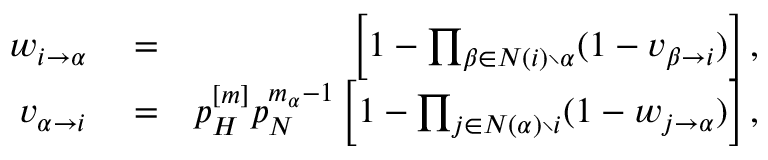
\begin{array} { r l r } { w _ { i \rightarrow \alpha } } & { { } = } & { \left[ 1 - \prod _ { \beta \in N ( i ) \setminus \alpha } ( 1 - v _ { \beta \rightarrow i } ) \right] , } \\ { v _ { \alpha \rightarrow i } } & { { } = } & { p _ { H } ^ { [ m ] } p _ { N } ^ { m _ { \alpha } - 1 } \left[ 1 - \prod _ { j \in N ( \alpha ) \setminus i } ( 1 - w _ { j \rightarrow \alpha } ) \right] , } \end{array}